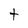
Character: t